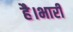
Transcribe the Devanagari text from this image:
है।भारी